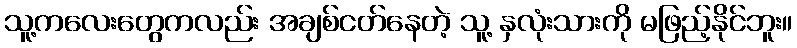
သူ့ကလေးတွေကလည်း အချစ်ငတ်နေတဲ့ သူ့ နှလုံးသားကို မဖြည့်နိုင်ဘူး။